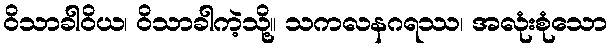
ဝိသာခါဝိယ၊ ဝိသာခါကဲ့သို့။ သကလနဂရဿ၊ အလုံးစုံသော